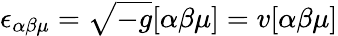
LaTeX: \epsilon_{\alpha\beta\mu}=\sqrt{-g}[\alpha\beta\mu]=v[\alpha\beta\mu]